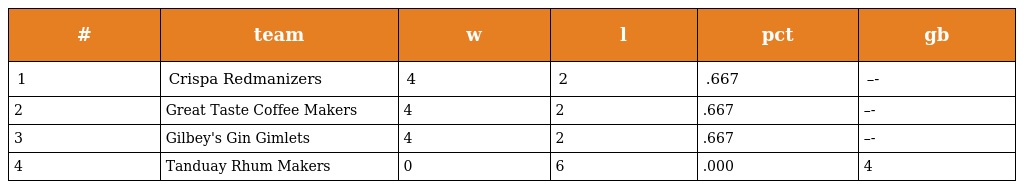
| # | team | w | l | pct | gb |
 | --- | --- | --- | --- | --- | --- |
 | 1 | Crispa Redmanizers | 4 | 2 | .667 | –- |
 | 2 | Great Taste Coffee Makers | 4 | 2 | .667 | –- |
 | 3 | Gilbey's Gin Gimlets | 4 | 2 | .667 | –- |
 | 4 | Tanduay Rhum Makers | 0 | 6 | .000 | 4 |